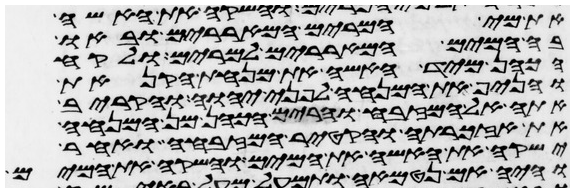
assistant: את מי המרים המאררים ובאו
בה המים המאררים למרים ולקח
הכהן מיד האשה את מנחת הקנאת
והניף את המנחה לפני יהוה והקריב
אתה אל המזבח והרים הכהן מן המנחה
את אזכרתה והקטיר המזבחה ואחר
ישקה את האשה את המים והשקה את המים